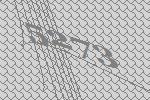
5273